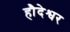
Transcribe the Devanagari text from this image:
हौदेश्वर